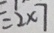
= 2 \times 7